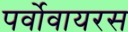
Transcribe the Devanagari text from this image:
पर्वोवायरस